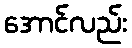
အောင်လည်း